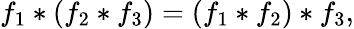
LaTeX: f_{1}*(f_{2}*f_{3})=(f_{1}*f_{2})*f_{3},